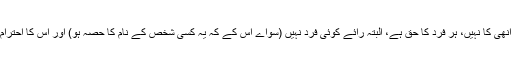
شخصی احترام انھی کا نہیں، ہر فرد کا حق ہے، البتہ رائے کوئی فرد نہیں (سواے اس کے کہ یہ کسی شخص کے نام کا حصہ ہو) اور اس کا احترام بھی لازم نہیں۔